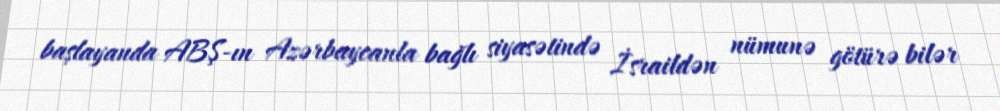
başlayanda ABŞ-ın Azərbaycanla bağlı siyasətində İsraildən nümunə götürə bilər